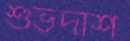
শুভদাশ